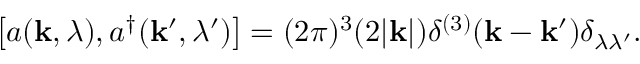
\left[ a ( { \bf k } , \lambda ) , a ^ { \dagger } ( { \bf k } ^ { \prime } , \lambda ^ { \prime } ) \right] = ( 2 \pi ) ^ { 3 } ( 2 | { \bf k } | ) \delta ^ { ( 3 ) } ( { \bf k } - { \bf k } ^ { \prime } ) \delta _ { \lambda \lambda ^ { \prime } } .